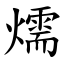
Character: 燸